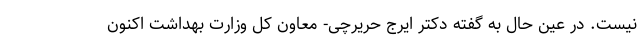
نیست. در عین حال به گفته دکتر ایرج حریرچی- معاون کل وزارت بهداشت اکنون